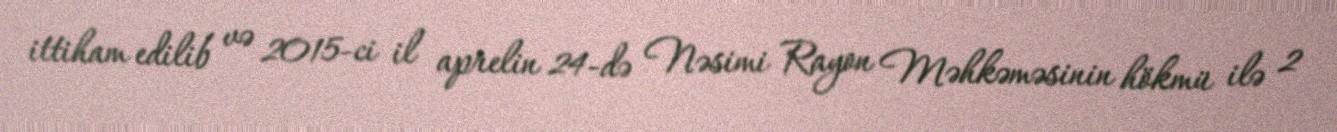
ittiham edilib və 2015-ci il aprelin 24-də Nəsimi Rayon Məhkəməsinin hökmü ilə 2